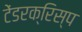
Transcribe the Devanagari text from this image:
टेंडरक्रिस्प